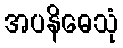
အပနိဓေသုံ